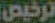
ترخيص